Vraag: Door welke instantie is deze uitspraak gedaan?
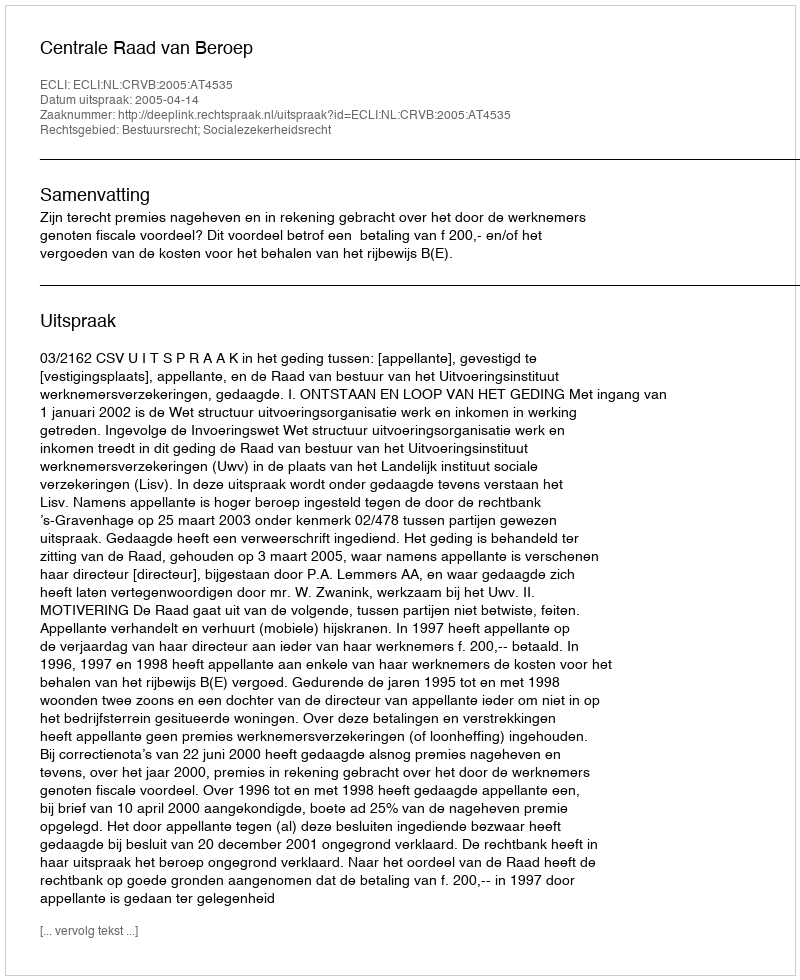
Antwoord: Centrale Raad van Beroep